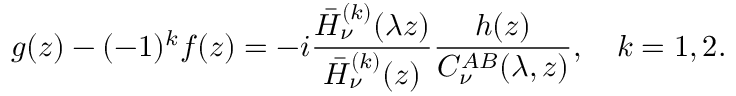
g ( z ) - ( - 1 ) ^ { k } f ( z ) = - i \frac { \bar { H } _ { \nu } ^ { ( k ) } ( \lambda z ) } { \bar { H } _ { \nu } ^ { ( k ) } ( z ) } \frac { h ( z ) } { C _ { \nu } ^ { A B } ( \lambda , z ) } , \quad k = 1 , 2 .